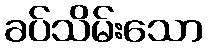
ခပ်သိမ်းသော